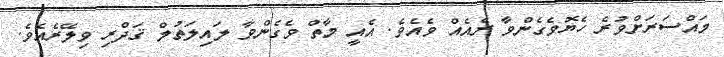
މައްސަރަށްވުރެ ހެޔޮވެގެންވާ ރެއެއް ވެއެވެ. އެއީ މާތް ވެގެންވާ ލައިލަތުލް ޤަދްރި ވިލޭރެއެވެ.